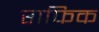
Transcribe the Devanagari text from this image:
राफिक